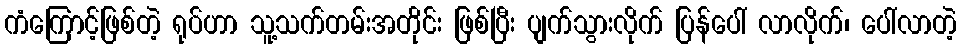
ကံကြောင့်ဖြစ်တဲ့ ရုပ်ဟာ သူ့သက်တမ်းအတိုင်း ဖြစ်ပြီး ပျက်သွားလိုက် ပြန်ပေါ် လာလိုက်၊ ပေါ်လာတဲ့